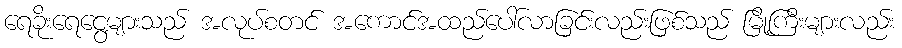
ရေခိုးရေငွေ့များသည် အလုပ်စတင် အကောင်အထည်ပေါ်လာခြင်းလည်းဖြစ်သည် မြို့ကြီးများလည်း